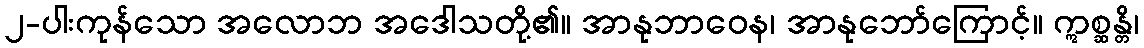
၂-ပါးကုန်သော အလောဘ အဒေါသတို့၏။ အာနုဘာဝေန၊ အာနုဘော်ကြောင့်။ ဣစ္ဆန္တိ၊